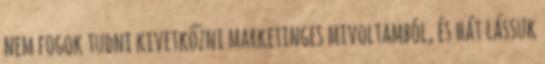
nem fogok tudni kivetkőzni marketinges mivoltamból, és hát lássuk